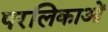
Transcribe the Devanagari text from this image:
परलिकाओं